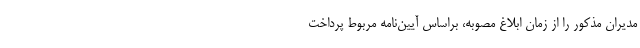
مدیران مذکور را از زمان ابلاغ مصوبه، براساس آیین‌نامه مربوط پرداخت